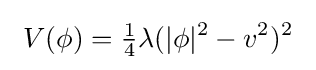
\ V(\phi )={\tfrac {1}{4}}\lambda (|\phi |^{2}-v^{2})^{2}~